Report of the Hyderabad Chloroform Commission
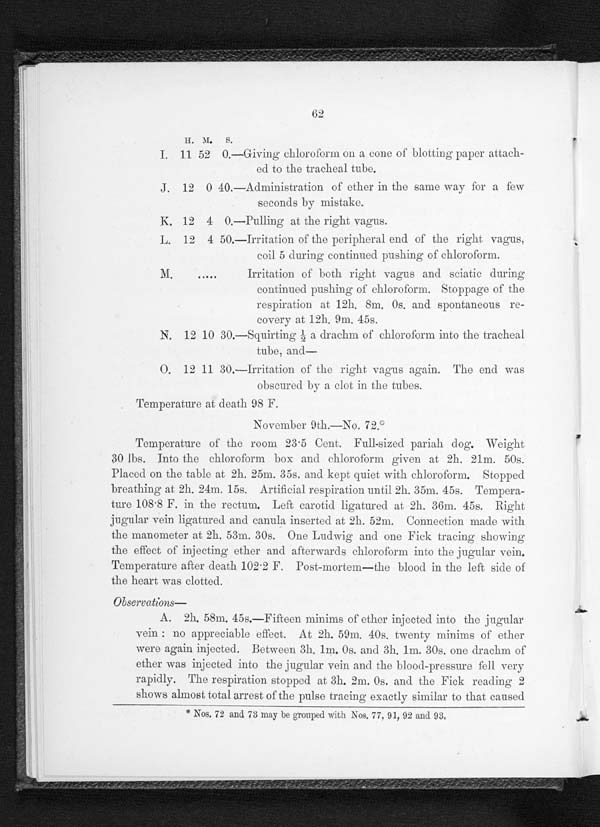
62
H. M. S.
I. 11 52 0.—Giving chloroform on a cone of blotting paper attach-
ed to the tracheal tube.
J . 1 2 0 4 0 . — A d m i n i s t r a t i o n o f e t h e r i n t h e s a m e w a y f o r a f e w
seconds by mistake.
K. 12 4 0.—Pulling at the right vagus
.
L . 1 2 4 5 0 . — I r r i t a t i o n o f t h e p e r i p h e r a l e n d o f t h e r i g h t v a g u s ,
coil 5 during continued pushing of chloroform.
M. .....
Irritation of both right vagus and sciatic during
continued pushing of chloroform. Stoppage of the
respiration at 12h. 8m. 0s. and spontaneous re-
covery at 12h. 9m. 45s.
N. 12 10 30.—Squirting ½ a drachm of chloroform into the tracheal
tube, and
—
O. 12 11 30.—Irritation of the right vagus again. The end was
obscured by a clot in the tubes.
Temperature at death 98 F.
November 9th.—No. 72.*
Temperature of the room 23·5 Cent. Full-sized pariah dog. Weight
30 lbs. Into the chloroform box and chloroform given at 2h. 21m. 50s.
Placed on the table at 2h. 25m. 35s. and kept quiet with chloroform. Stopped
breathing at. 2h. 24m. 15s. Artificial. respiration until 2h. 35m. 45s. Tempera-
t u r e 1 0 8 8 F . i n t h e r e c t u m. Le f t c a r o t i d l i g a t u r e d a t . 2 h . 3 6 m. 4 5 s .
R i g h t j u g u l a r v e i n l i g a t u r e d a n d c a n u l a i n s e r t e d a t 2 h . 5 2 m . C o n n e c t i o n m a d e w i t h
the manometer at. 2h. 53m. 30s. One Ludwig and one Fick tracing showing
the effect of injecting ether and afterwards chloroform into the jugular vein.
Temperature after death 102 . 2 F. Post-mortem—the blood in the left side of
the heart was clotted.
O b s e r v a t i o n s
—
A. 2h. 58m. 45s.—Fifteen minims of ether injected into the jugular
vein : no appreciable effect. At 2h. 59m. 40s. twenty minims of ether
were again injected. Between 3h. 1m. 0s. and 3h. 1m. 30s. one drachm of
ether was injected into the jugular vein and the blood-pressure fell very
rapidly. The respiration stopped at 3h. 2m. 0s. and the Fick reading 2
shows almost total arrest of the pulse tracing exactly similar to that caused
* Nos. 72 and 73 may be grouped with Nos. 77, 91, 92 and 93.